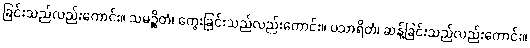
ခြင်းသည်လည်းကောင်း။ သမဉ္ဆိတံ၊ ကွေးခြင်းသည်လည်းကောင်း။ ပသာရိတံ၊ ဆန့်ခြင်းသည်လည်းကောင်း။